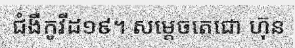
ជំងឺកូវីដ១៩។ សម្តេចតេជោ ហ៊ុន